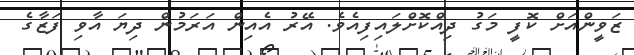
ޒަވީންއަށް ކޮފީ މަގު ދިއްކޮށްލައިފިއެވެ. އޭރު އެއިން އަރަމުން ދިޔަ އާވި ފަޒާގެ